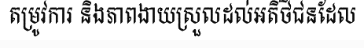
តម្រូវការ និងភាពងាយស្រួលដល់អតិថិជនដែល